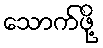
သောက်ဖို့